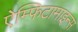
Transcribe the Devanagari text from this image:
ऐम्फिटामाइन्स